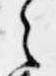
之